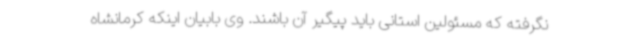
نگرفته که مسئولین استانی باید پیگیر آن باشند. وی بابیان اینکه کرمانشاه